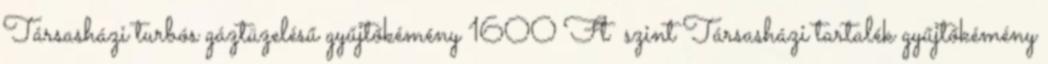
Társasházi turbós gáztüzelésű gyűjtőkémény 1600 Ft szint Társasházi tartalék gyűjtőkémény